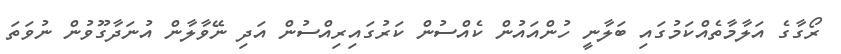
ރޯގާގެ އަލާމާތެއްކަމުގައި ބަލާނީ ހުންއައުން ކެއްސުން ކަރުގައިރިއްސުން އަދި ނޭވާލާން އުނަދާގޫވުން ނުވަތަ